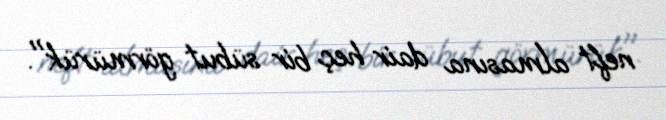
neft almasına dair heç bir sübut görmürük".